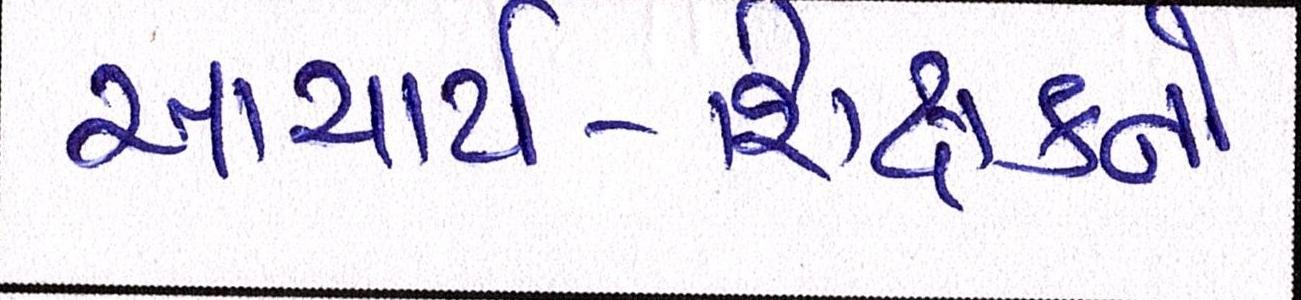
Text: આચાર્ય-શિક્ષકને